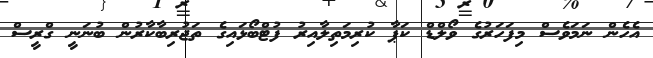
އެހެން ނަމަވެސް މިފަހަރުގެ ވޯލްޑް ކަޕާ ކުރިމަތިލާއިރު ފުޓްބޯޅައިގެ ތަޖުރިބާކާރުން ބުނަނީ ގްރީސް